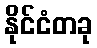
နိုင်ငံတခု